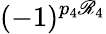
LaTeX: (-1)^{p_{4}\mathscr{R}_{4}}